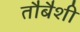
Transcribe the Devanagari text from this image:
तौबैशी